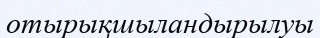
отырықшыландырылуы